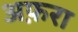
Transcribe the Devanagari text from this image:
अफ़रा